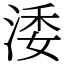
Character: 涹